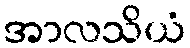
အာလသိယံ